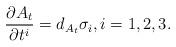
LaTeX: \begin{gather*}\frac{\partial A_t}{\partial t^i}=d_{A_t}\sigma_i,i=1,2,3.\end{gather*}